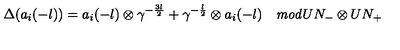
\Delta ( a _ { i } ( - l ) ) = a _ { i } ( - l ) \otimes \gamma ^ { - \frac { 3 l } { 2 } } + \gamma ^ { - \frac { l } { 2 } } \otimes a _ { i } ( - l ) \quad { \it m o d } U N _ { - } \otimes U N _ { + }